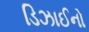
ડિઝાઈનો